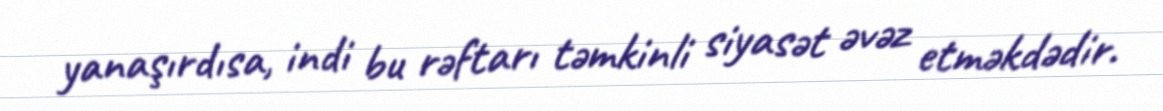
yanaşırdısa, indi bu rəftarı təmkinli siyasət əvəz etməkdədir.